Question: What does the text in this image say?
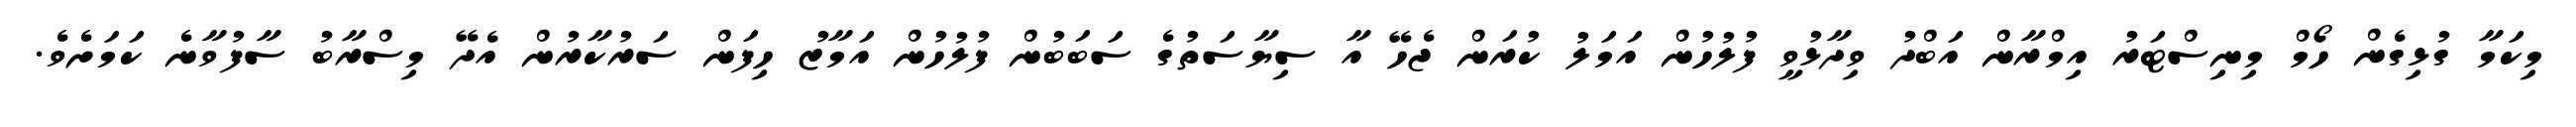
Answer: މިކަމާ ގުޅިގެން ހޯމް މިނިސްޓަރު އިމްރާން އަބްދު ވިދާޅުވީ ފުލުހުން އަމަލު ކުރަން ޖެހޭ އާ ސިޔާސަތުގެ ސަބަބުން ފުލުހުން އަމާޒު ހިފަން ސަރުކާރުން އެދޭ މިސްރާބު ސާފުވާނެ ކަމަށެވެ.